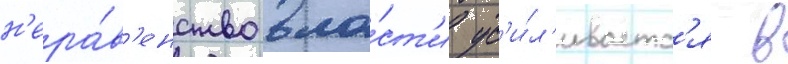
н'ера́в'енство вла́ст'и ус'и́л'иваетс'я в